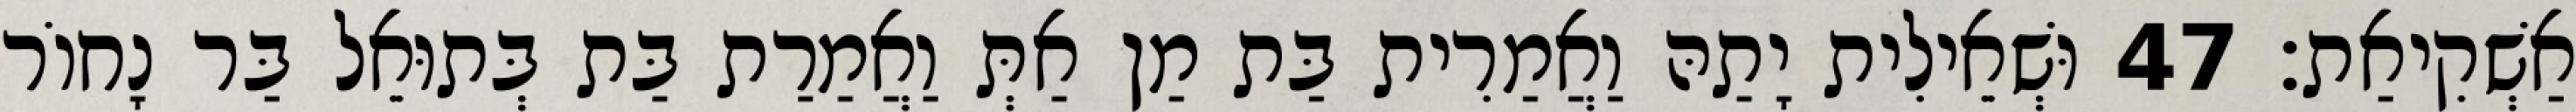
אַשְׁקִיאַת׃ 47 וּשְׁאֵילִית יָתַהּ וַאֲמַרִית בַּת מַן אַתְּ וַאֲמַרַת בַּת בְּתוּאֵל בַּר נָחוֹר